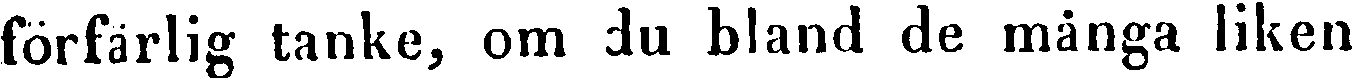
förfärlig tanke, om du bland de många liken